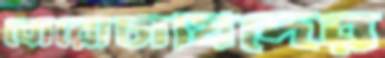
বোরোচাষিদের